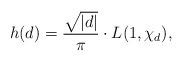
LaTeX: \begin{align*}h(d)=\frac{\sqrt{|d|}}{\pi}\cdot L(1, \chi_d), \end{align*}